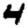
Digit: 4